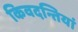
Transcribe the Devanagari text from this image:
किवदन्तियां